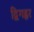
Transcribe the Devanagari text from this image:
द्विगह्वर